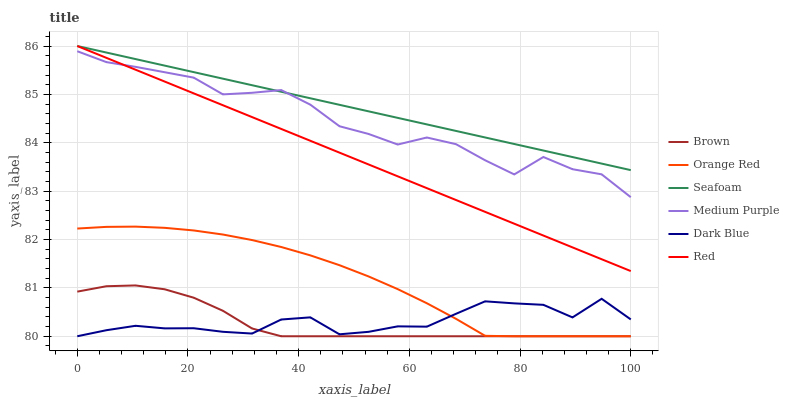
| xaxis_label | Brown | Orange Red | Seafoam | Medium Purple | Dark Blue | Red |
 | --- | --- | --- | --- | --- | --- | --- |
 | 0 | 80.9 | 82.2 | 86 | 85.9 | 80 | 86 |
 | 5.26 | 81 | 82.3 | 85.9 | 85.7 | 80.1 | 85.8 |
 | 10.5 | 81.1 | 82.3 | 85.7 | 85.6 | 80.2 | 85.5 |
 | 15.8 | 81 | 82.2 | 85.6 | 85.5 | 80.2 | 85.3 |
 | 21.1 | 80.8 | 82.2 | 85.5 | 85.3 | 80.2 | 85 |
 | 26.3 | 80.5 | 82.1 | 85.3 | 85 | 80.1 | 84.8 |
 | 31.6 | 80.2 | 82 | 85.2 | 85 | 80.1 | 84.5 |
 | 36.8 | 80 | 81.8 | 85.1 | 85.1 | 80.3 | 84.3 |
 | 42.1 | 80 | 81.7 | 84.9 | 84.8 | 80.4 | 84 |
 | 47.4 | 80 | 81.5 | 84.8 | 84.3 | 80 | 83.8 |
 | 52.6 | 80 | 81.2 | 84.6 | 84.2 | 80.1 | 83.6 |
 | 57.9 | 80 | 81 | 84.5 | 84 | 80.2 | 83.3 |
 | 63.2 | 80 | 80.7 | 84.4 | 84.1 | 80.2 | 83.1 |
 | 68.4 | 80 | 80.4 | 84.2 | 84 | 80.5 | 82.8 |
 | 73.7 | 80 | 80 | 84.1 | 83.6 | 80.7 | 82.6 |
 | 78.9 | 80 | 80 | 84 | 83.3 | 80.7 | 82.3 |
 | 84.2 | 80 | 80 | 83.8 | 83.7 | 80.6 | 82.1 |
 | 89.5 | 80 | 80 | 83.7 | 83.5 | 80.4 | 81.8 |
 | 94.7 | 80 | 80 | 83.6 | 83.3 | 80.8 | 81.6 |
 | 100 | 80 | 80 | 83.4 | 82.9 | 80.3 | 81.3 |